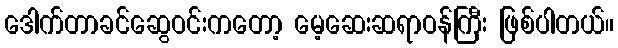
ဒေါက်တာခင်ဆွေဝင်းကတော့ မေ့ဆေးဆရာဝန်ကြီး ဖြစ်ပါတယ်။